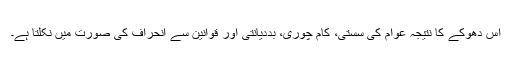
اس دھوکے کا نتیجہ عوام کی سستی، کام چوری، بددیانتی اور قوانین سے انحراف کی صورت میں نکلتا ہے۔